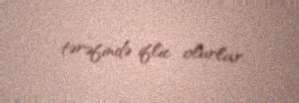
tərəfində iflic olurlar.